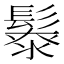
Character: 𩮥